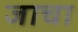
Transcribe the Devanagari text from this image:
जाचा